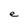
Character: e